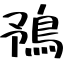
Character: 𩿎